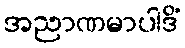
အညာဏမာပါဒိံ